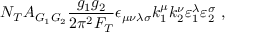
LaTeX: N _ { T } A _ { G _ { 1 } G _ { 2 } } \frac { g _ { 1 } g _ { 2 } } { 2 \pi ^ { 2 } F _ { T } } \epsilon _ { \mu \nu \lambda \sigma } k _ { 1 } ^ { \mu } k _ { 2 } ^ { \nu } \varepsilon _ { 1 } ^ { \lambda } \varepsilon _ { 2 } ^ { \sigma } \ ,